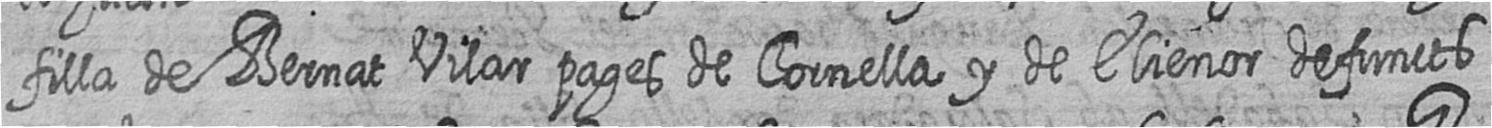
filla de Bernat Vilar pages de Cornella y de Elienor defuncts